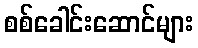
စစ်ခေါင်းဆောင်များ